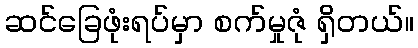
ဆင်ခြေဖုံးရပ်မှာ စက်မှုဇုံ ရှိတယ်။